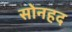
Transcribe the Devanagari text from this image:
सोनहद